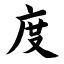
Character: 度